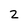
Character: 2